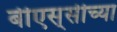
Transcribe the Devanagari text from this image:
बीएस्‌सीच्या